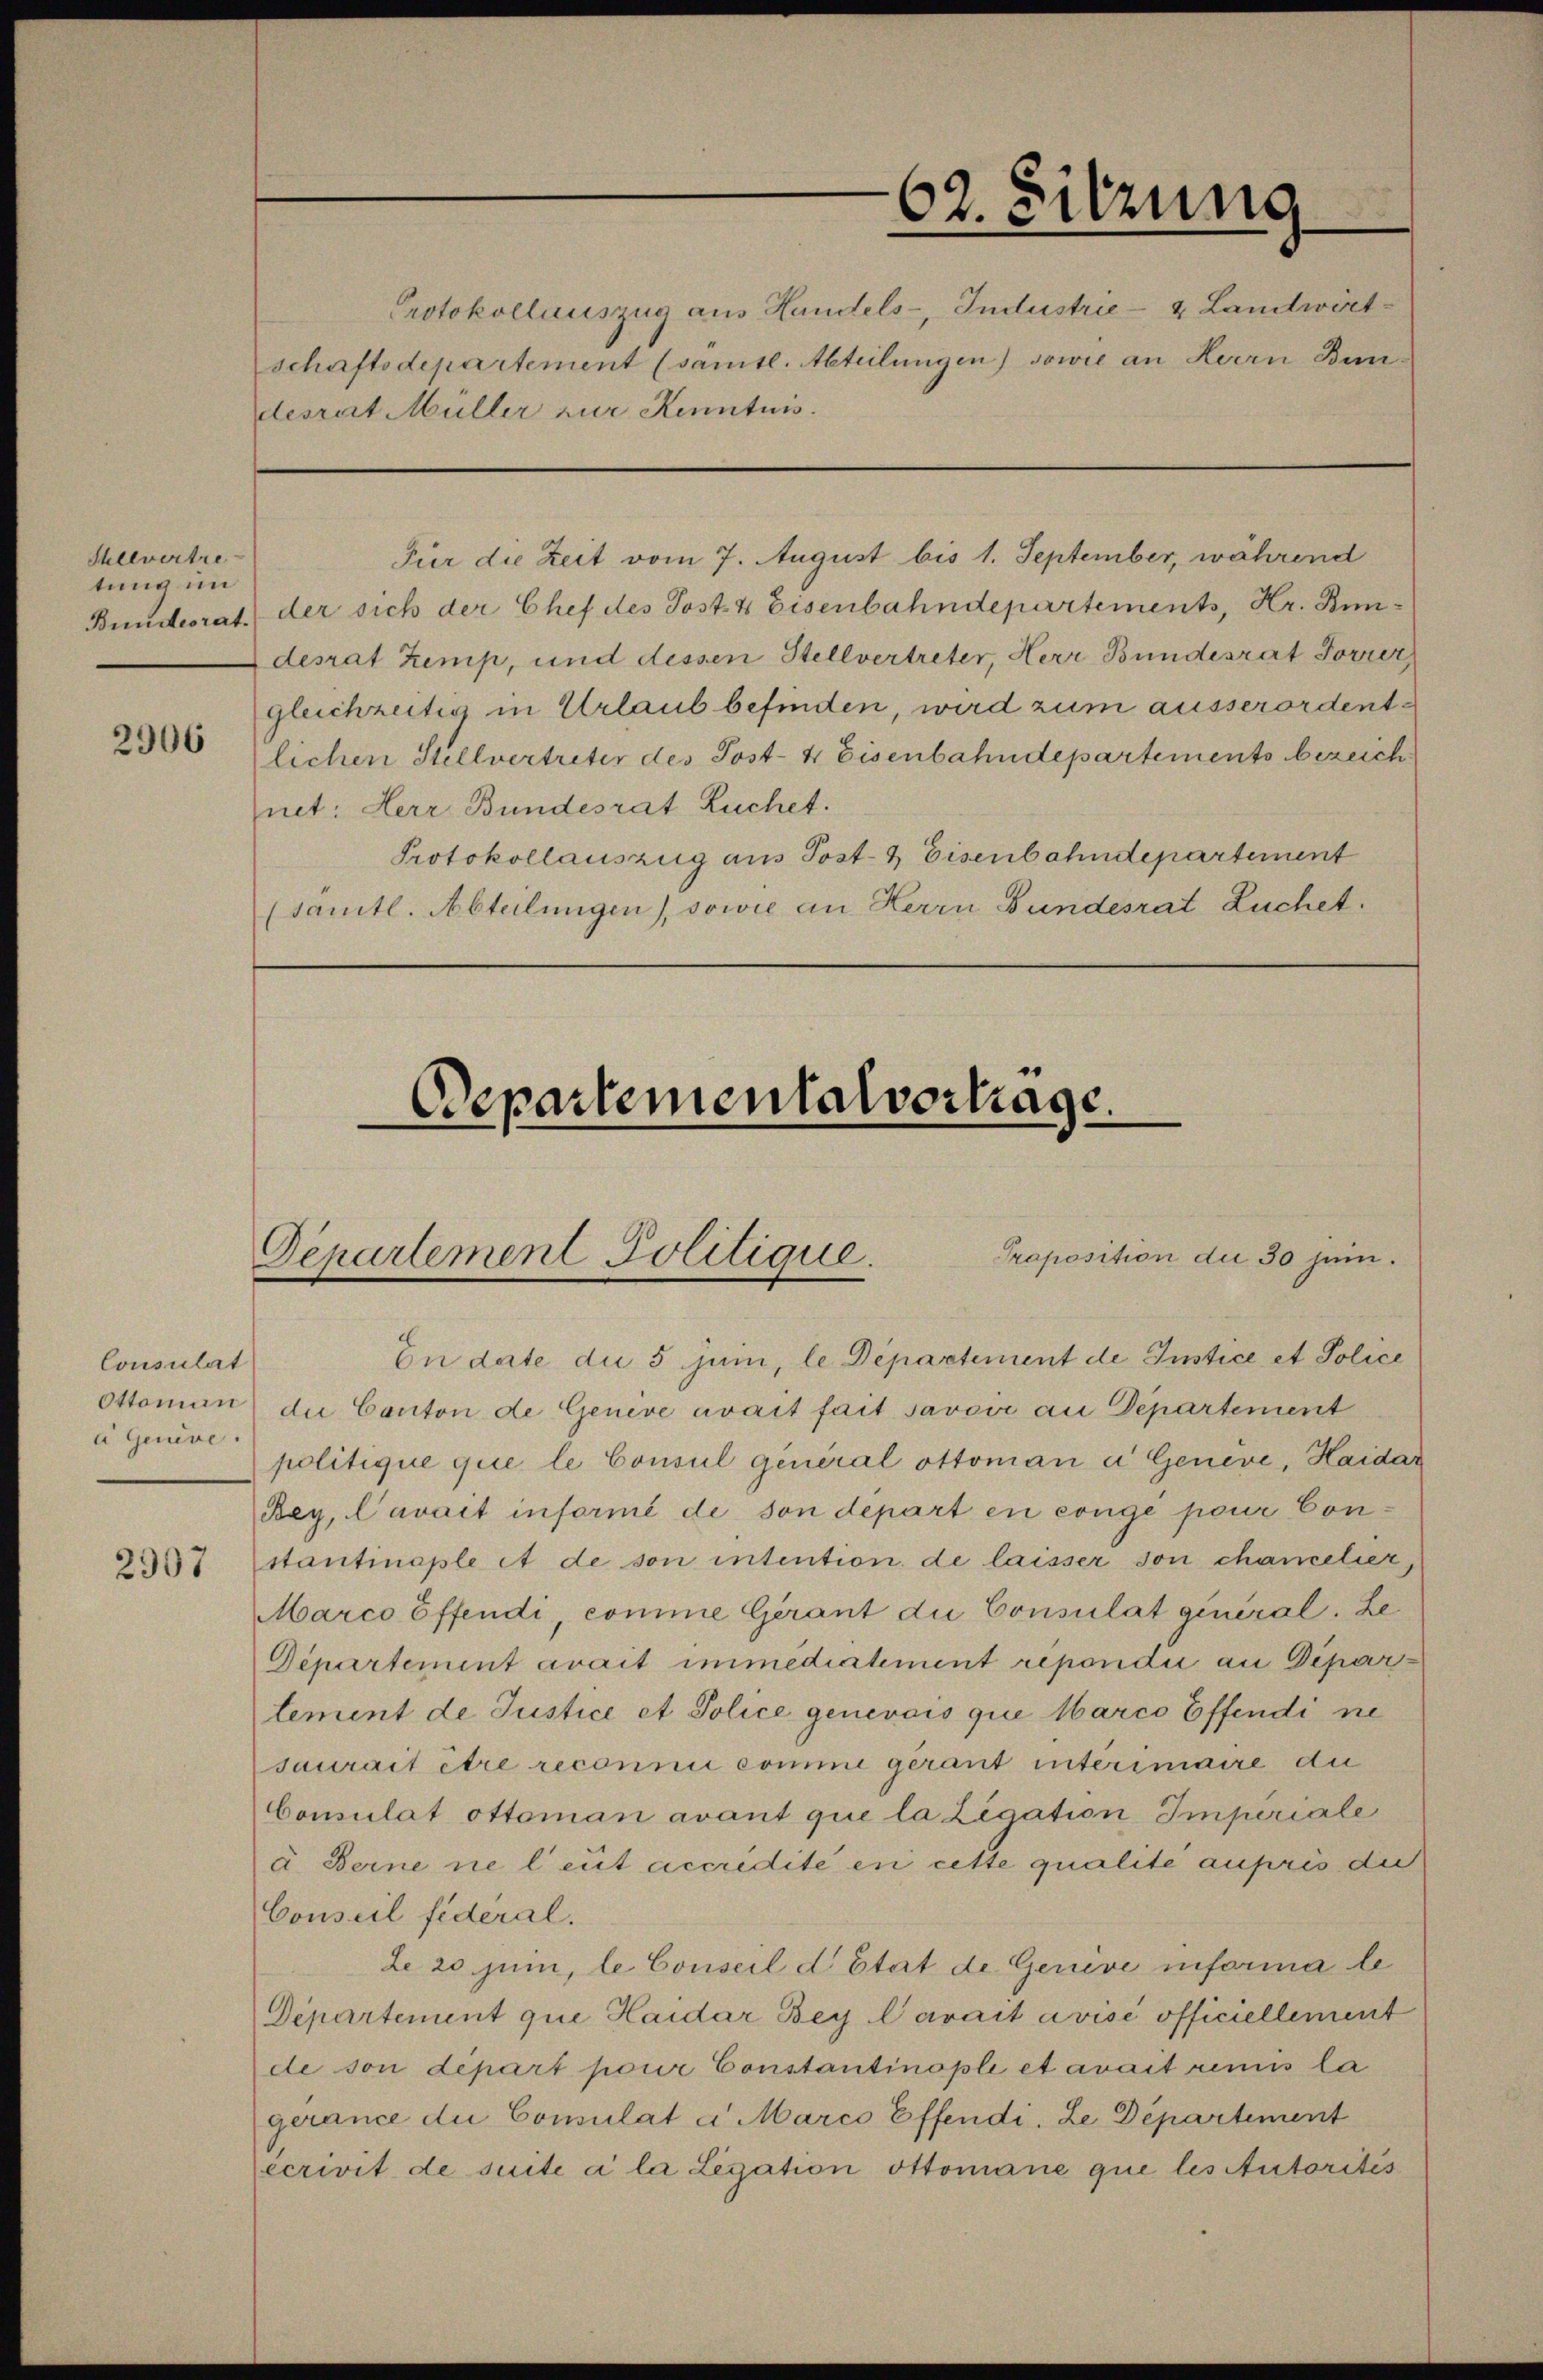
Stellvertre-
tung im

2906

Consulat
Ottoman
a Genive.

2907

desrat Müller zur Kenntnis.

62. Sitzung
Protokollauszug aus Handels-, Industrie- & Landwirt-
schaftsdepartement (sämtl. Abteilungen) sowie an Herrn Bun¬

Departemental vortrage.

Proposition die 30 jan.
Departement Politique.
En date die 5 Juni, le Departement de Instice et Police

Für die Zeit vom 7. August bis 1. September, während
Bundesrat der sich der Chef des Post- & Eisenbahndepartements, Hr. Bundesrat Zemp, und dessen Stellvertreter, Herr Bundesrat Forrer,
gleichzeitig in Urlaub befinden, wird zum ausserordente
lichen Stellvertreter des Post- 4 Eisenbahndepartements bezeich
net: Herr Bundesrat Luchet.
Protokollauszug aus Post- & Eisenbahndepartement
(sämtl. Abteilungen), sowie an Herrn Bundesrat Luchet.

die Canton de Genève avait fait savoir an Departement
politique que le Consul general ottoman u Geneve, Haidar
Bey, Cavait informé de, son départ en congée pour Constantinaple et de son intention de laisser son chamelier
Marco öffendi, comme Gerant die Consulat general. Le¬
Departement avait immediatement repondii an Departement de Justice et Police genevois que Marco Effendi ne
saurait être reconni comme gerant interimaire die
Consulat ottoman avant que la Legation Imperiale
a Berne ne leut accredite en cette qualité aupris die
Conseil fideral.
Le 20 juni, le Conseil d’Etat de Genève informale
Departement que Haider Bey Carait avisé officiellement
de son depart pour Constantinopli et avait remis la
gérance du Comulat a Marco Effendi. Le Departement
ecrivit de suite à la Legation Ottomane que les Autorités